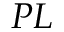
P L